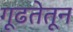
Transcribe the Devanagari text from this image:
गूढतेतून